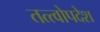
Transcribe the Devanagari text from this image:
तत्त्वोपदेश